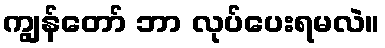
ကျွန်တော် ဘာ လုပ်ပေးရမလဲ။